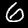
Label: 6